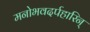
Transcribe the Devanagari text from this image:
मनोभवदर्पहारिन्